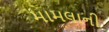
મામલાની